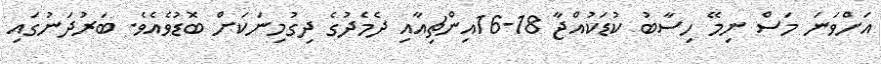
އަށްވަނަ މަސް ނިމޭ ހިސާބު ކުޑަކުއްޖާ 18-16އިންޗިއާއި ދެމެދުގެ ދިގުމިނަކަށް ބޮޑުވެއެވެ. ބަރުދަނުގައި